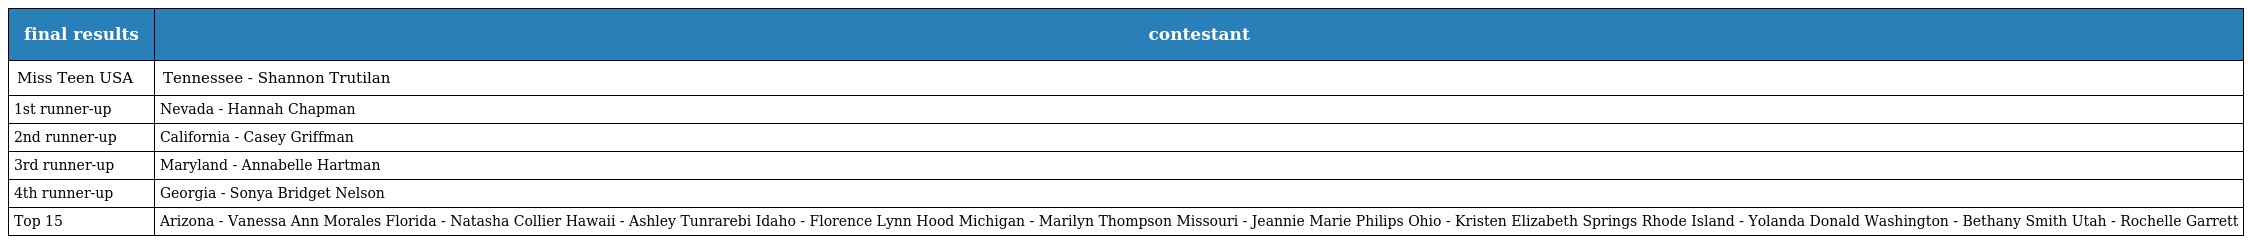
| final results | contestant |
 | --- | --- |
 | Miss Teen USA | Tennessee - Shannon Trutilan |
 | 1st runner-up | Nevada - Hannah Chapman |
 | 2nd runner-up | California - Casey Griffman |
 | 3rd runner-up | Maryland - Annabelle Hartman |
 | 4th runner-up | Georgia - Sonya Bridget Nelson |
 | Top 15 | Arizona - Vanessa Ann Morales Florida - Natasha Collier Hawaii - Ashley Tunrarebi Idaho - Florence Lynn Hood Michigan - Marilyn Thompson Missouri - Jeannie Marie Philips Ohio - Kristen Elizabeth Springs Rhode Island - Yolanda Donald Washington - Bethany Smith Utah - Rochelle Garrett |